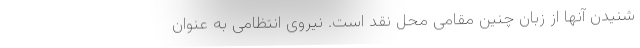
شنیدن آنها از زبان چنین مقامی محل نقد است. نیروی انتظامی به عنوان